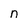
Character: n